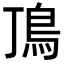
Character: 𩾚